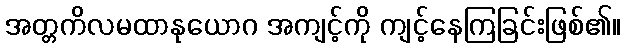
အတ္တကိလမထာနုယောဂ အကျင့်ကို ကျင့်နေကြခြင်းဖြစ်၏။